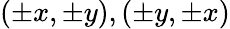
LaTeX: (\pm x,\pm y),(\pm y,\pm x)